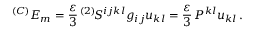
^ { ( C ) } E _ { m } = \frac { \varepsilon } 3 \, ^ { ( 2 ) } \! S ^ { i j k l } g _ { i j } u _ { k l } = \frac { \varepsilon } 3 \, P ^ { k l } u _ { k l } \, .